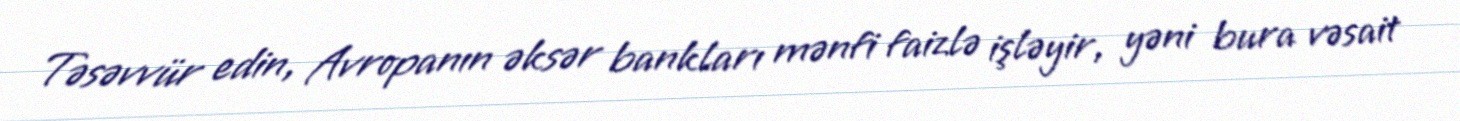
Təsəvvür edin, Avropanın əksər bankları mənfi faizlə işləyir, yəni bura vəsait